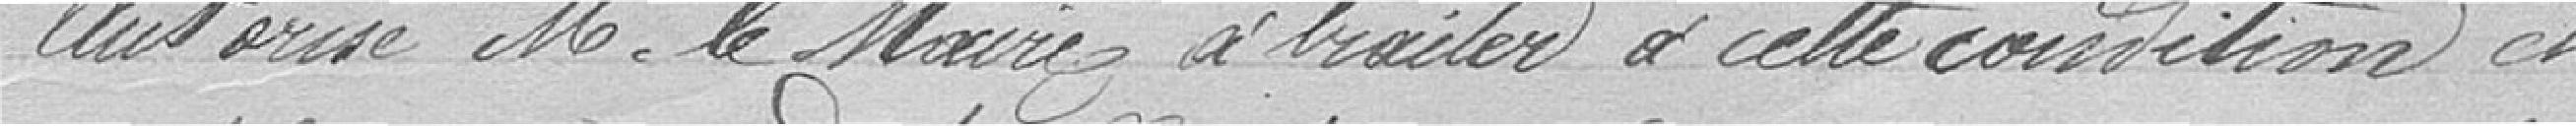
autorise monsieur le Maire à traiter à cette condition et